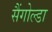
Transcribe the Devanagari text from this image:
सैंगोल्डा